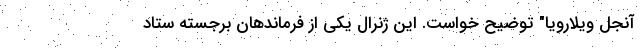
آنجل ویلارویا" توضیح خواست. این ژنرال یکی از فرماندهان برجسته ستاد